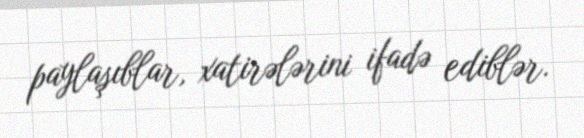
paylaşıblar, xatirələrini ifadə ediblər.